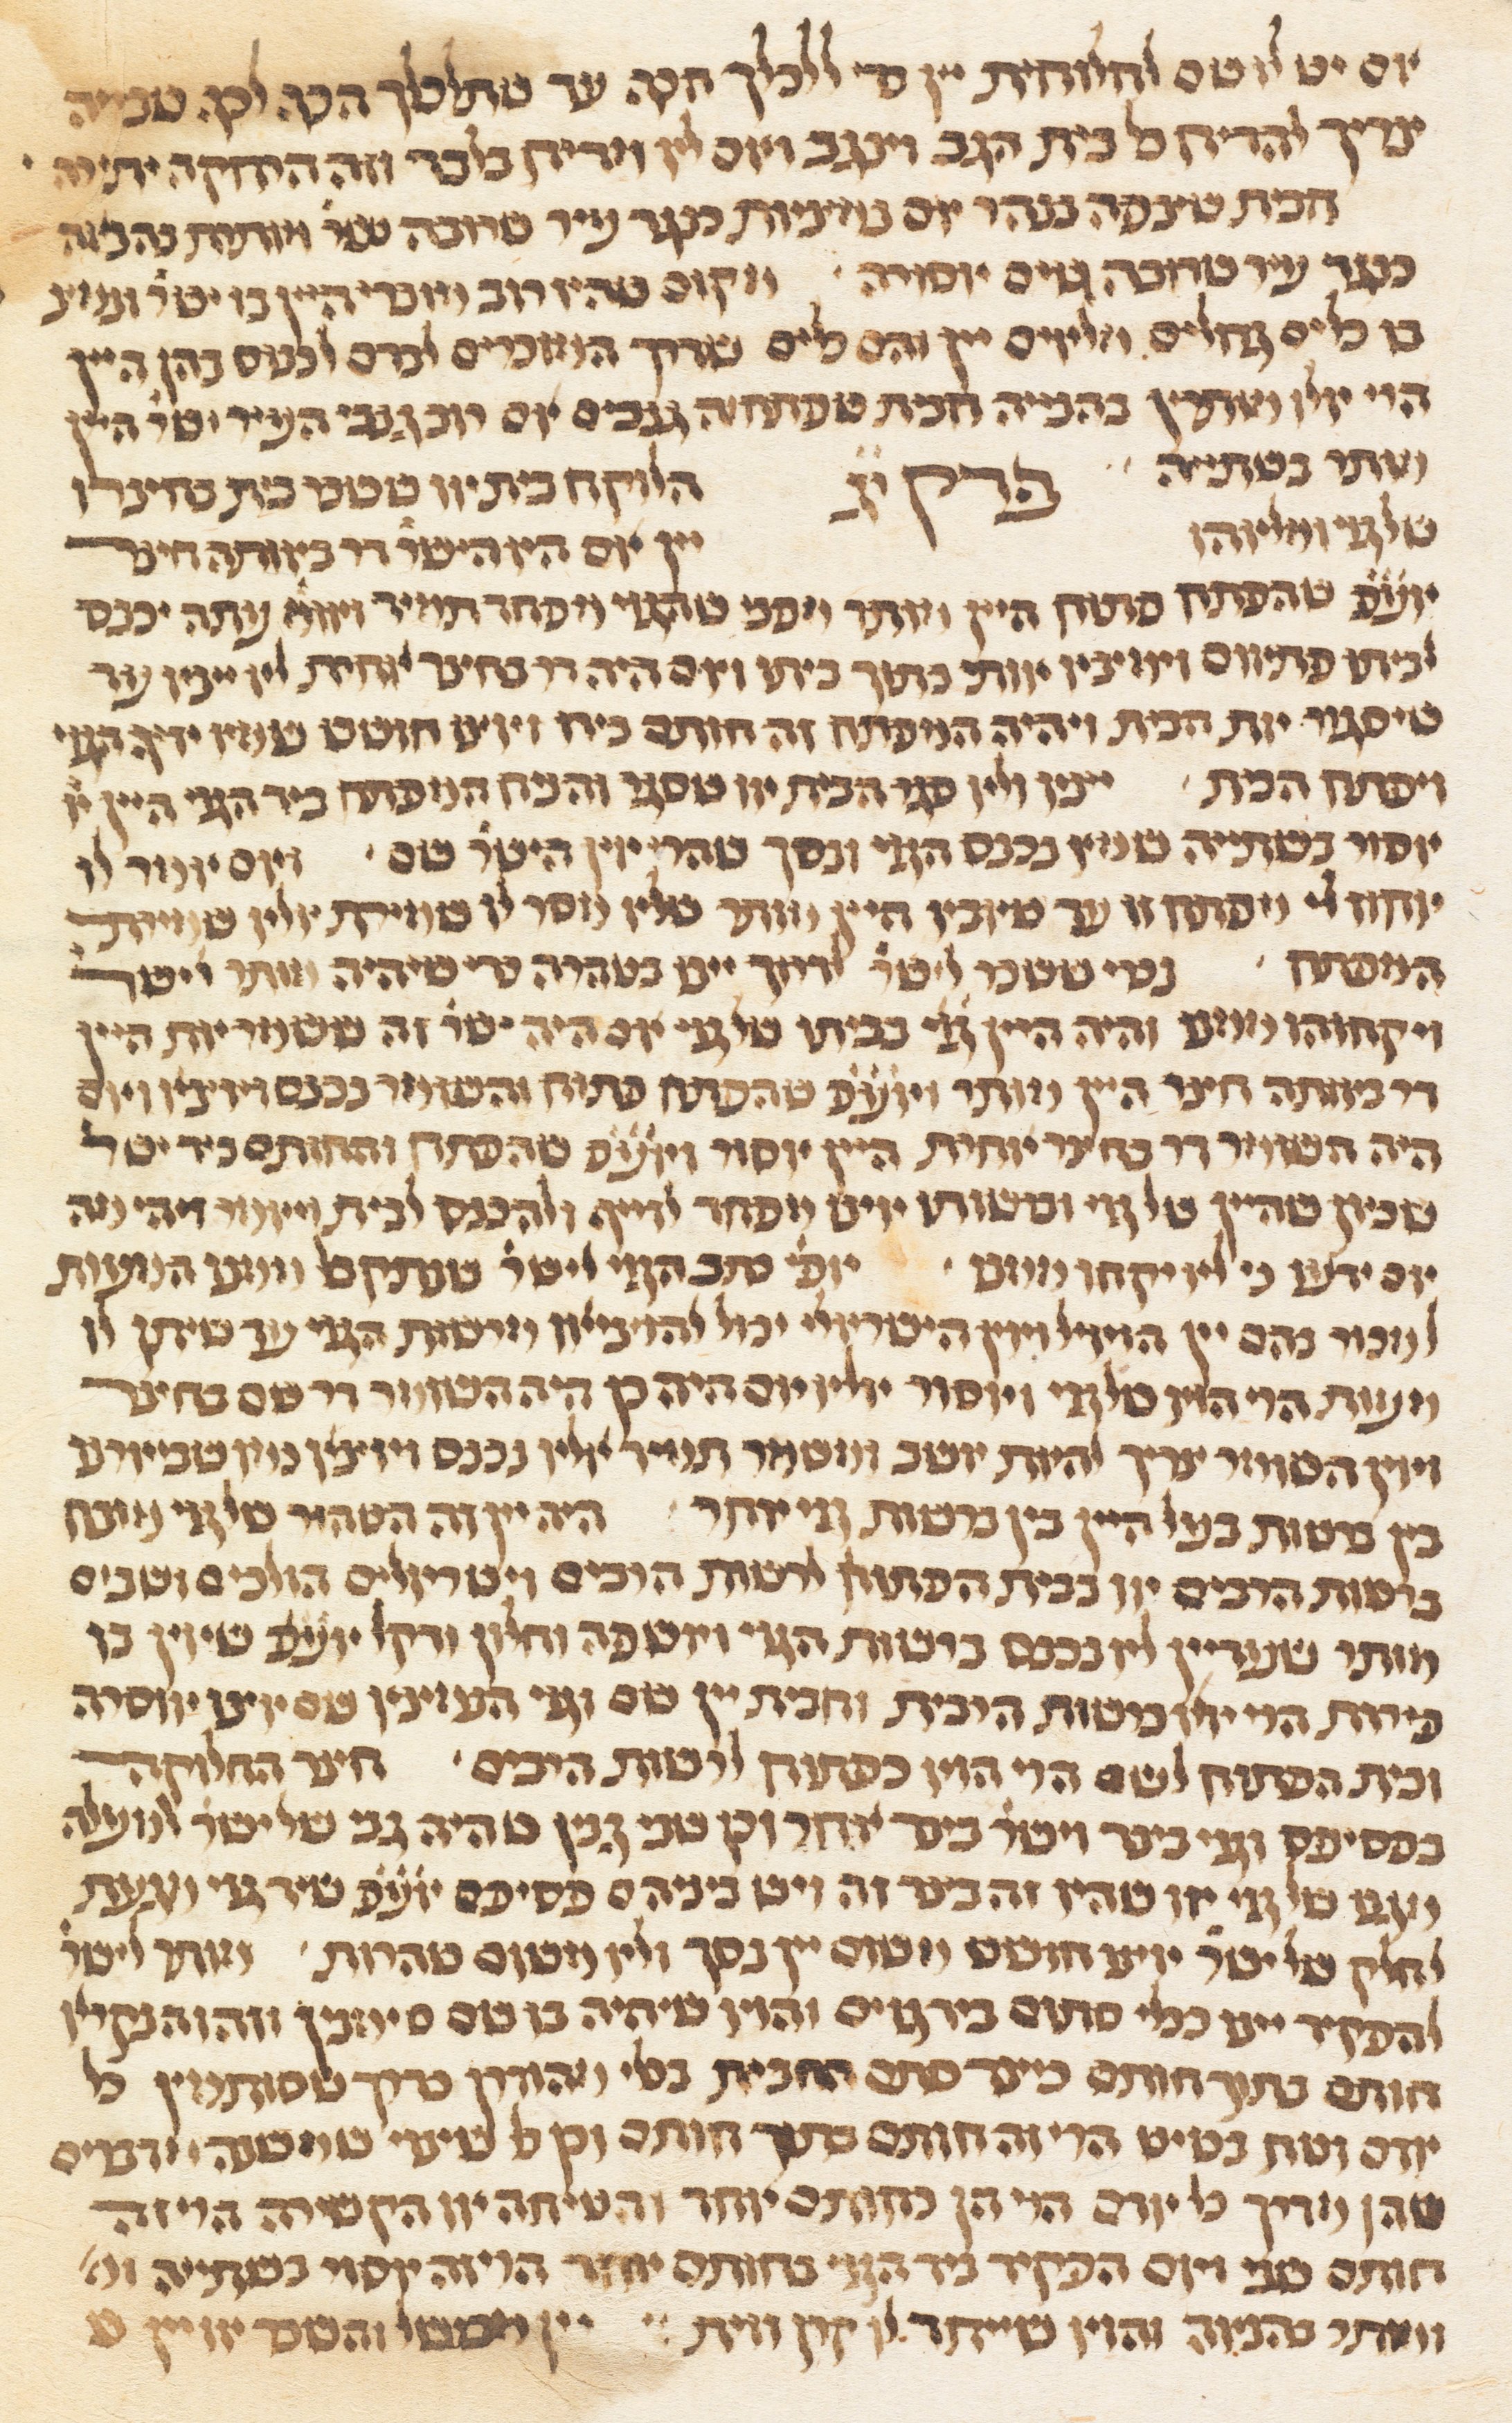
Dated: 1300–1349